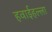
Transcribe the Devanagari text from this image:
हवाईहल्ला